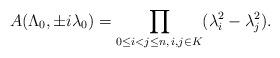
LaTeX: \begin{align*} A(\Lambda_0, \pm i\lambda_0 )=\prod_{ 0 \le i < j \le n,\, i,j\in K } (\lambda_i^2-\lambda_j^2).\end{align*}